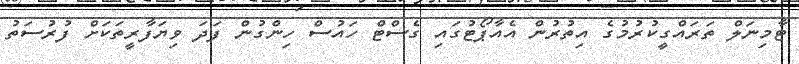
ޓާމިނަލް ތަރައްގީކުރުމުގެ އިތުރުން އެއާޕޯޓުގައި ގެސްޓް ހައުސް ހިންގުން ފަދަ ވިޔަފާރީތަކަށް ފުރުސަތު